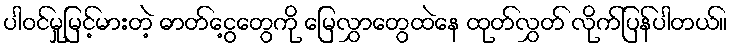
ပါဝင်မှုမြင့်မားတဲ့ ဓာတ်ငွေ့တွေကို မြေလွှာတွေထဲနေ ထုတ်လွှတ် လိုက်ပြန်ပါတယ်။